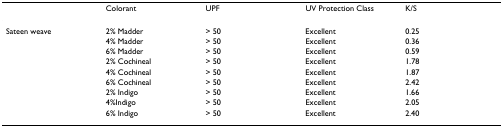
|  | Colorant | UPF | UV Protection Class | K/S |
 | --- | --- | --- | --- | --- |
 | Sateen weave | 2% Madder | > 50 | Excellent | 0.25 |
 |  | 4% Madder | > 50 | Excellent | 0.36 |
 |  | 6% Madder | > 50 | Excellent | 0.59 |
 |  | 2% Cochineal | > 50 | Excellent | 1.78 |
 |  | 4% Cochineal | > 50 | Excellent | 1.87 |
 |  | 6% Cochineal | > 50 | Excellent | 2.42 |
 |  | 2% Indigo | > 50 | Excellent | 1.66 |
 |  | 4%Indigo | > 50 | Excellent | 2.05 |
 |  | 6% Indigo | > 50 | Excellent | 2.40 |